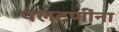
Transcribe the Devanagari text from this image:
पलटणींना